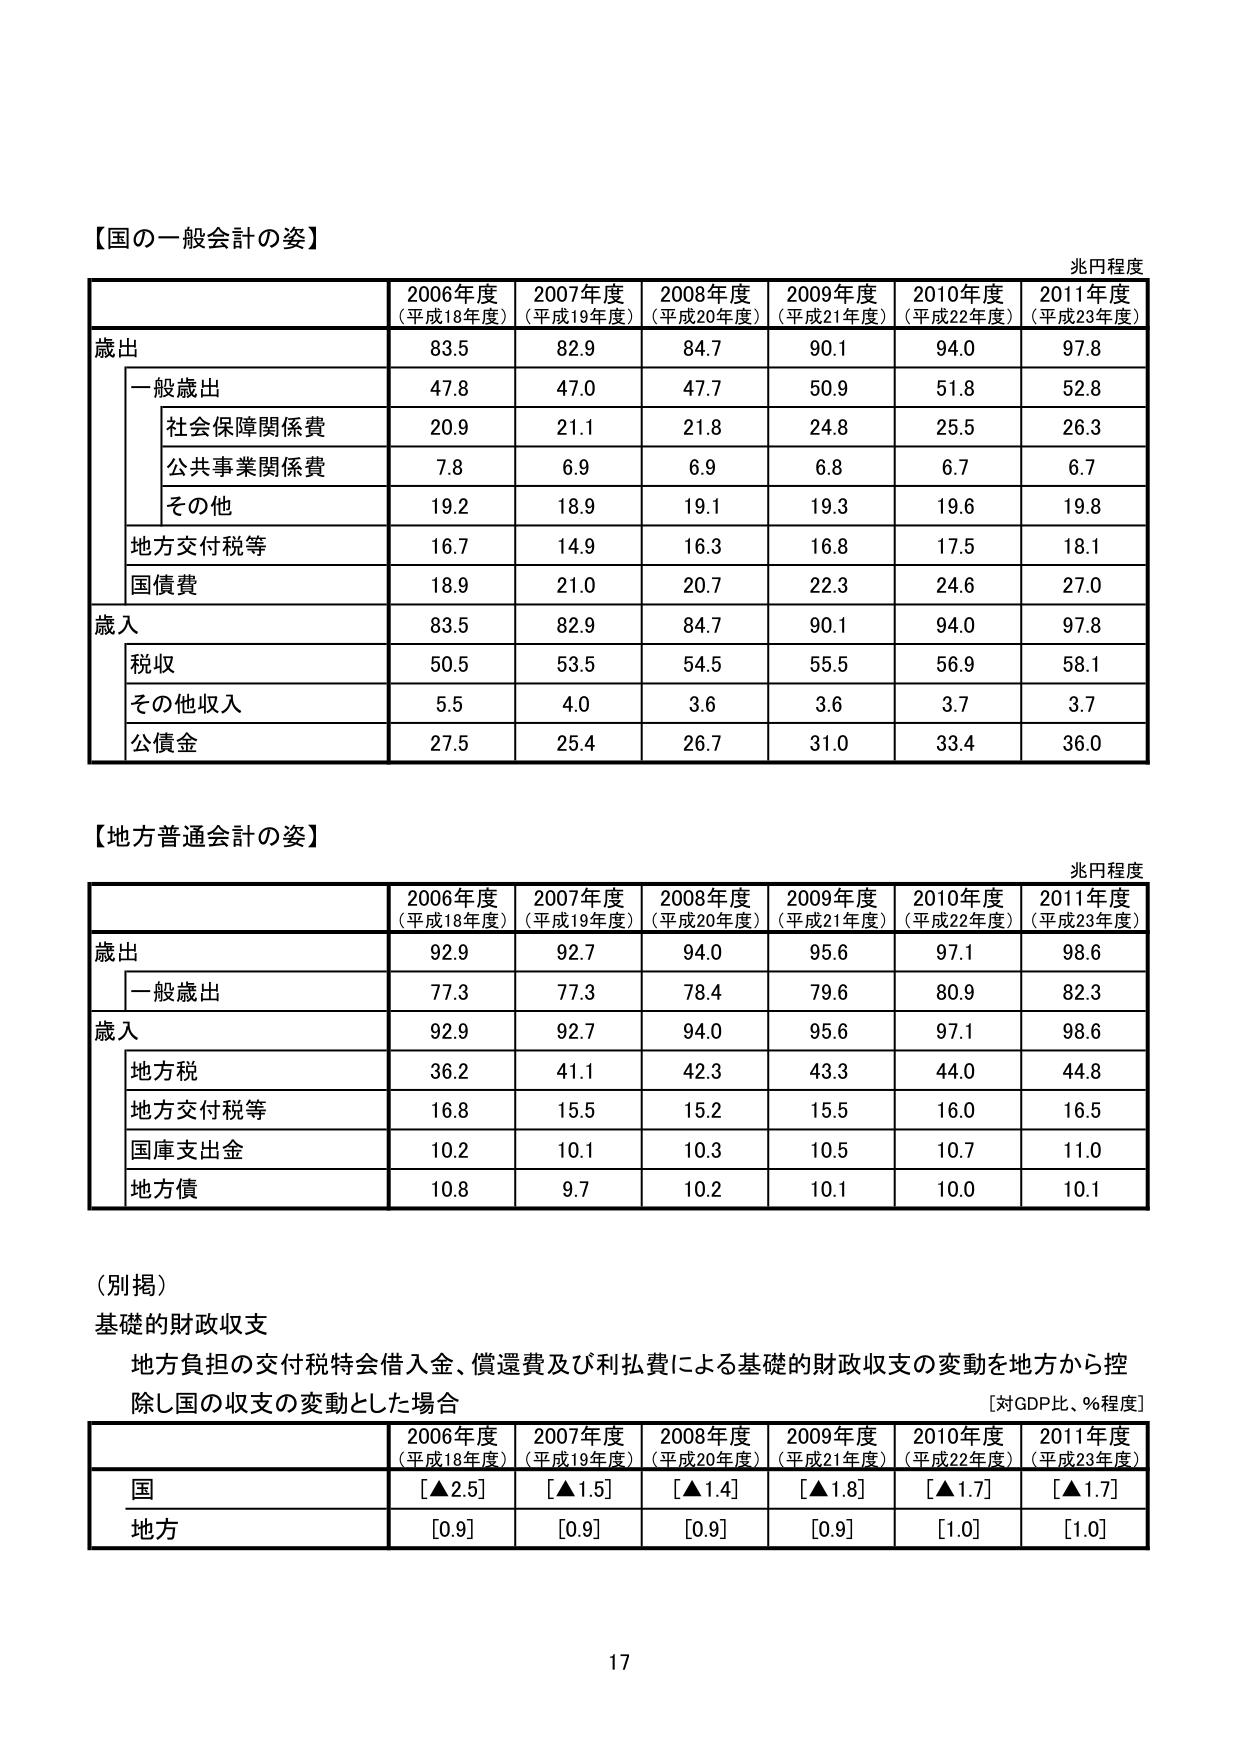
【国の一 般会計の姿】
兆円程度
2006年度
（平成18年度）
2007年度
（平成19年度）
2008年度
（平成20年度）
2009年度
（平成21年度）
2010年度
（平成22年度）
2011年度
（平成23年度）
歳出
83.5
82.9
84.7
90.1
94.0
97.8
一般歳出
47.8
47.0
47.7
50.9
51.8
52.8
社会保障関係費
20.9
21.1
21.8
24.8
25.5
26.3
公共事業関係費
7.8
6.9
6.9
6.8
6.7
6.7
その他
19.2
18.9
19.1
19.3
19.6
19.8
地方交付税等
16.7
14.9
16.3
16.8
17.5
18.1
国債費
18.9
21.0
20.7
22.3
24.6
27.0
歳入
83.5
82.9
84.7
90.1
94.0
97.8
税収
50.5
53.5
54.5
55.5
56.9
58.1
その他収入
5.5
4.0
3.6
3.6
3.7
3.7
公債金
27.5
25.4
26.7
31.0
33.4
36.0

【地方普通会計の姿】
兆円程度
2006年度
（平成18年度）
2007年度
（平成19年度）
2008年度
（平成20年度）
2009年度
（平成21年度）
2010年度
（平成22年度）
2011年度
（平成23年度）
歳出
92.9
92.7
94.0
95.6
97.1
98.6
一般歳出
77.3
77.3
78.4
79.6
80.9
82.3
歳入
92.9
92.7
94.0
95.6
97.1
98.6
地方税
36.2
41.1
42.3
43.3
44.0
44.8
地方交付税等
16.8
15.5
15.2
15.5
16.0
16.5
国庫支出金
10.2
10.1
10.3
10.5
10.7
11.0
地方債
10.8
9.7
10.2
10.1
10.0
10.1

（別掲）
基礎的財政収支
地方負担の交付税特会借入金、償還費及び利払費による基礎的財政収支の変動を地方から控除し国の収支の変動とした場合
[対GDP比、％程度]
2006年度
（平成18年度）
2007年度
（平成19年度）
2008年度
（平成20年度）
2009年度
（平成21年度）
2010年度
（平成22年度）
2011年度
（平成23年度）
国
[▲2.5]
[▲1.5]
[▲1.4]
[▲1.8]
[▲1.7]
[▲1.7]
地方
[0.9]
[0.9]
[0.9]
[0.9]
[1.0]
[1.0]

17